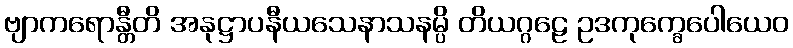
ဗျာကရောန္တီတိ အနုဋ္ဌာပနီယသေနာသနမ္ပိ တိယဂ္ဂဠေ ဥဒကုက္ခေပေါယေဝ